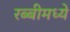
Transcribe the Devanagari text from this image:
रब्बीमध्ये